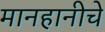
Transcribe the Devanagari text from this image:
मानहानीचे